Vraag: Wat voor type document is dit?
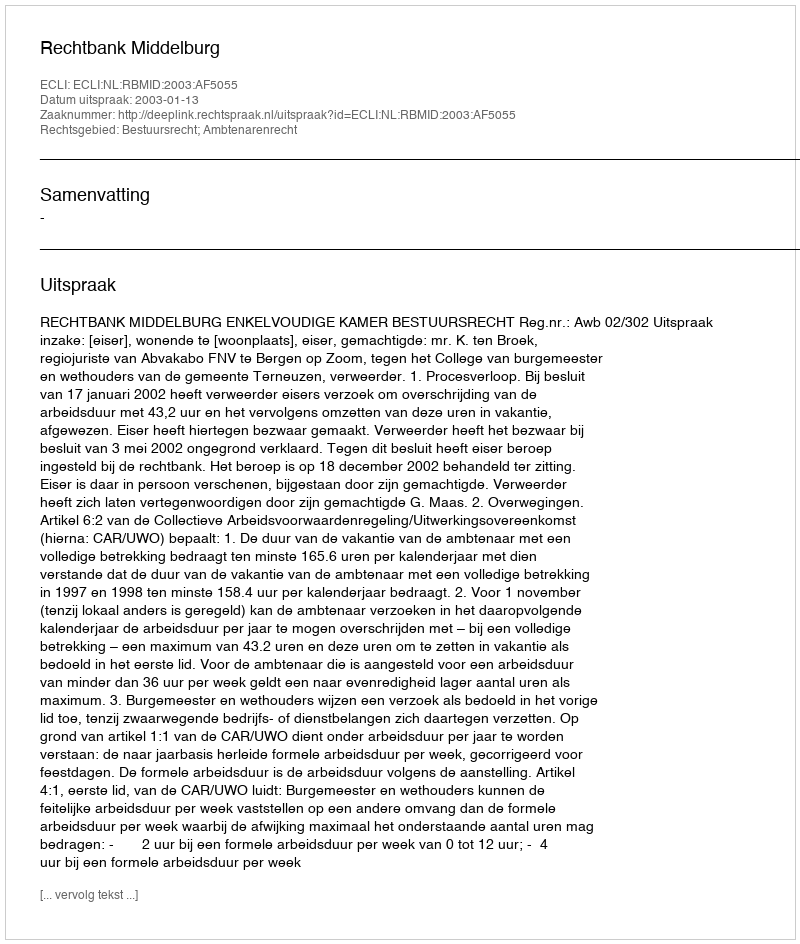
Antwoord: Uitspraak